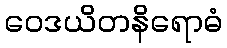
ဝေဒယိတနိရောဓံ